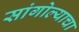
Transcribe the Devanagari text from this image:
सांगोल्याचा